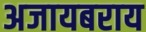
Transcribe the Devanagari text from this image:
अजायबराय